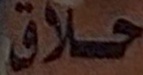
حلاق